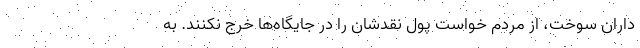
داران سوخت، از مردم خواست پول نقدشان را در جایگاه‌ها خرج نکنند. به